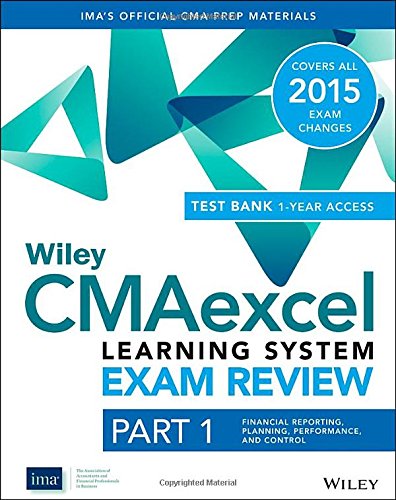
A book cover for Wiley CMAexcel Learning System Exam Review 2015 + Test Bank: Part 1, Financial Planning, Performance and Control (Wiley CMA Learning System); IMA; Test Preparation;